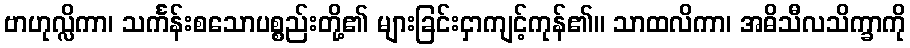
ဗာဟုလ္လိကာ၊ သင်္ကန်းစသောပစ္စည်းတို့၏ များခြင်းငှာကျင့်ကုန်၏။ သာထလိကာ၊ အဓိသီလသိက္ခာကို